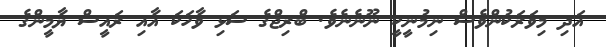
އަދި މިވަރަކުންވެސް ނިމުނީކީ ނޫނެނެވެ. ބްރިޖްގެ ސަޅި ވާހަކަ އާއި ރައީސް ޔާމީންގެ